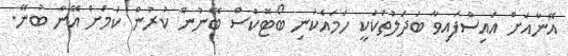
އޭނާއަށް އައިސްފައިވާ ބަދަލުތަކަކީ ހަމައެކަނި ބޯޓޮކްސް ބޭނުން ކުރުން ކަމަށް އޭނާ ބުނޭ.